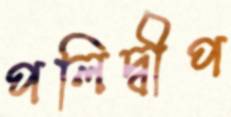
পলিদ্বীপ